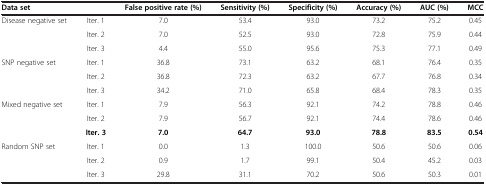
<table><thead><tr><td colspan="2"><b>Data set</b></td><td><b>False positive rate (%)</b></td><td><b>Sensitivity (%)</b></td><td><b>Specificity (%)</b></td><td><b>Accuracy (%)</b></td><td><b>AUC (%)</b></td><td><b>MCC</b></td></tr></thead><tbody><tr><td rowspan="3">Disease negative set</td><td>Iter. 1</td><td>7.0</td><td>53.4</td><td>93.0</td><td>73.2</td><td>75.2</td><td>0.45</td></tr><tr><td>Iter. 2</td><td>7.0</td><td>52.5</td><td>93.0</td><td>72.8</td><td>75.9</td><td>0.44</td></tr><tr><td>Iter. 3</td><td>4.4</td><td>55.0</td><td>95.6</td><td>75.3</td><td>77.1</td><td>0.49</td></tr><tr><td rowspan="3">SNP negative set</td><td>Iter. 1</td><td>36.8</td><td>73.1</td><td>63.2</td><td>68.1</td><td>76.4</td><td>0.35</td></tr><tr><td>Iter. 2</td><td>36.8</td><td>72.3</td><td>63.2</td><td>67.7</td><td>76.8</td><td>0.34</td></tr><tr><td>Iter. 3</td><td>34.2</td><td>71.0</td><td>65.8</td><td>68.4</td><td>78.3</td><td>0.35</td></tr><tr><td rowspan="3">Mixed negative set</td><td>Iter. 1</td><td>7.9</td><td>56.3</td><td>92.1</td><td>74.2</td><td>78.8</td><td>0.46</td></tr><tr><td>Iter. 2</td><td>7.9</td><td>56.7</td><td>92.1</td><td>74.4</td><td>78.6</td><td>0.46</td></tr><tr><td><b>Iter. 3</b></td><td><b>7.0</b></td><td><b>64.7</b></td><td><b>93.0</b></td><td><b>78.8</b></td><td><b>83.5</b></td><td><b>0.54</b></td></tr><tr><td rowspan="3">Random SNP set</td><td>Iter. 1</td><td>0.0</td><td>1.3</td><td>100.0</td><td>50.6</td><td>50.6</td><td>0.06</td></tr><tr><td>Iter. 2</td><td>0.9</td><td>1.7</td><td>99.1</td><td>50.4</td><td>45.2</td><td>0.03</td></tr><tr><td>Iter. 3</td><td>29.8</td><td>31.1</td><td>70.2</td><td>50.6</td><td>50.3</td><td>0.01</td></tr></tbody></table>